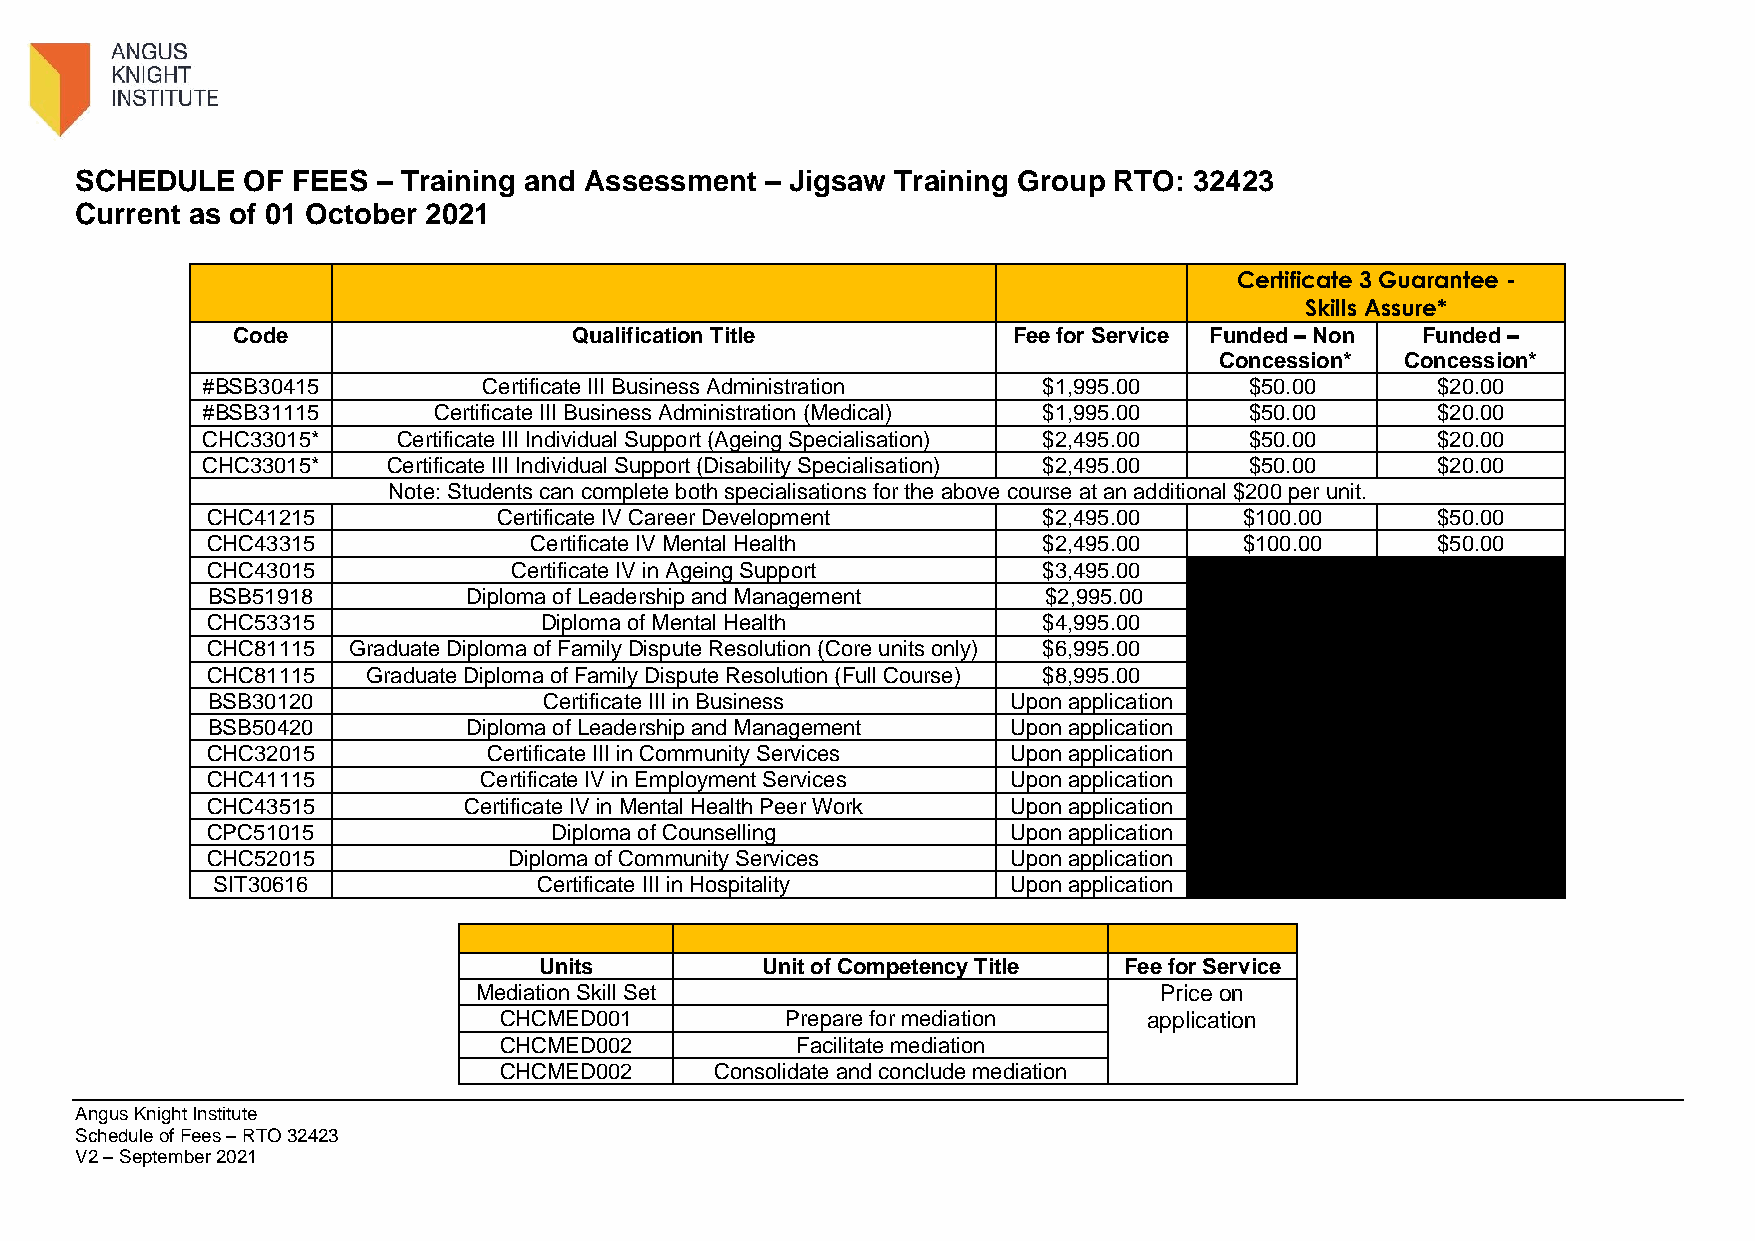
SCHEDULE   OF FEES  – Training and Assessment – Jigsaw Training Group RTO: 32423
 Current as of 01 October 2021
 Certificate 3 Guarantee -
 Skills Assure*
 Code                   Qualification Title          Fee for Service Funded – Non Funded –
 Concession* Concession*
 #BSB30415          Certificate III Business Administration $1,995.00  $50.00      $20.00
 #BSB31115       Certificate III Business Administration (Medical) $1,995.00 $50.00 $20.00
 CHC33015*    Certificate III Individual Support (Ageing Specialisation) $2,495.00 $50.00 $20.00
 CHC33015*    Certificate III Individual Support (Disability Specialisation) $2,495.00 $50.00 $20.00
 Note: Students can complete both specialisations for the above course at an additional $200 per unit.
 CHC41215           Certificate IV Career Development   $2,495.00    $100.00      $50.00
 CHC43315             Certificate IV Mental Health      $2,495.00    $100.00      $50.00
 CHC43015            Certificate IV in Ageing Support   $3,495.00
 BSB51918         Diploma of Leadership and Management  $2,995.00
 CHC53315              Diploma of Mental Health         $4,995.00
 CHC81115 Graduate Diploma of Family Dispute Resolution (Core units only) $6,995.00
 CHC81115  Graduate Diploma of Family Dispute Resolution (Full Course) $8,995.00
 BSB30120              Certificate III in Business    Upon application
 BSB50420         Diploma of Leadership and Management Upon application
 CHC32015          Certificate III in Community Services Upon application
 CHC41115          Certificate IV in Employment Services Upon application
 CHC43515         Certificate IV in Mental Health Peer Work Upon application
 CPC51015              Diploma of Counselling         Upon application
 CHC52015            Diploma of Community Services    Upon application
 SIT30616              Certificate III in Hospitality Upon application
 Units         Unit of Competency Title Fee for Service
 Mediation Skill Set                           Price on
 CHCMED001          Prepare for mediation   application
 CHCMED002           Facilitate mediation
 CHCMED002     Consolidate and conclude mediation
 Angus Knight Institute
 Schedule of Fees – RTO 32423
 V2 – September 2021